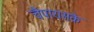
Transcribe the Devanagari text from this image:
चैपायसके